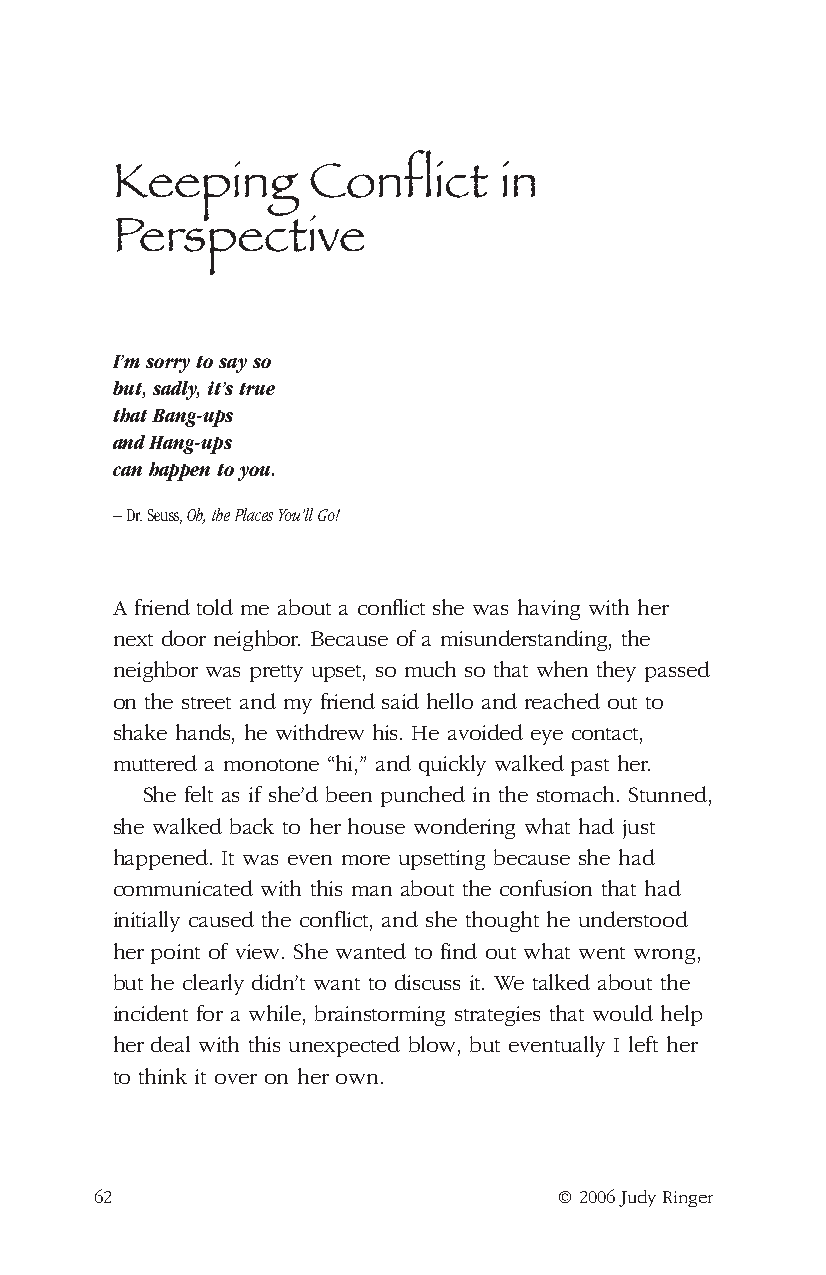
Keeping      Conflict     in
 Perspective
 I’m sorry to say so
 but, sadly, it’s true
 that Bang-ups
 and Hang-ups
 can happen to you.
 – Dr. Seuss, Oh, the Places You’ll Go!
 A friend told me about a conflict she was having with her
 next door neighbor. Because of a misunderstanding, the
 neighbor was pretty upset, so much so that when they passed
 on the street and my friend said hello and reached out to
 shake hands, he withdrew his. He avoided eye contact,
 muttered a monotone “hi,” and quickly walked past her.
 She felt as if she’d been punched in the stomach. Stunned,
 she walked back to her house wondering what had just
 happened. It was even more upsetting because she had
 communicated with this man about the confusion that had
 initially caused the conflict, and she thought he understood
 her point of view. She wanted to find out what went wrong,
 but he clearly didn’t want to discuss it. We talked about the
 incident for a while, brainstorming strategies that would help
 her deal with this unexpected blow, but eventually I left her
 to think it over on her own.
 62                             © 2006 Judy Ringer